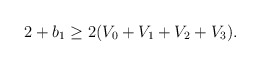
\begin{align*}2+b_1\geq 2(V_0+V_1+V_2+V_3). \end{align*}